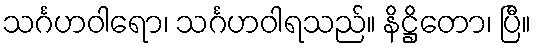
သင်္ဂဟဝါရော၊ သင်္ဂဟဝါရသည်။ နိဋ္ဌိတော၊ ပြီ။